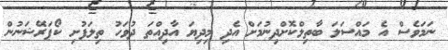
ނަމަވެސް އެ މައްސަލަ ބާތިލްކޮށްދިނުމަށް އެދި މިދިޔަ އާދިއްތަ ދުވަހު ތިލަފުށި ކޯޕަރޭޝަނުން